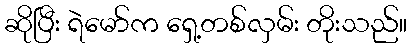
ဆိုပြီး ရဲမော်က ရှေ့တစ်လှမ်း တိုးသည်။